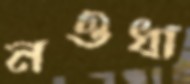
নওধা